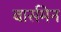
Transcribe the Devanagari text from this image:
बार्समेन